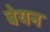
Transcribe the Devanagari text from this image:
बेयन